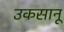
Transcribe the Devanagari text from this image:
उकसानू